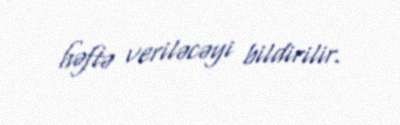
həftə veriləcəyi bildirilir.